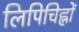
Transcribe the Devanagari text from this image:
लिपिचिह्नों